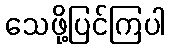
သေဖို့ပြင်ကြပါ